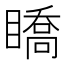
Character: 𥋊